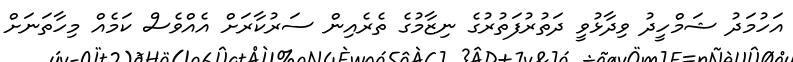
އަހުމަދު ޝަމްހީދު ވިދާޅުވީ ދަތުރުފަތުރުގެ ނިޒާމުގެ ތެރެއިން ސަރުކާރަށް އެއްވެސް ކަމެއް މިހާތަނަށް